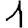
Digit: 1